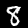
Label: 8